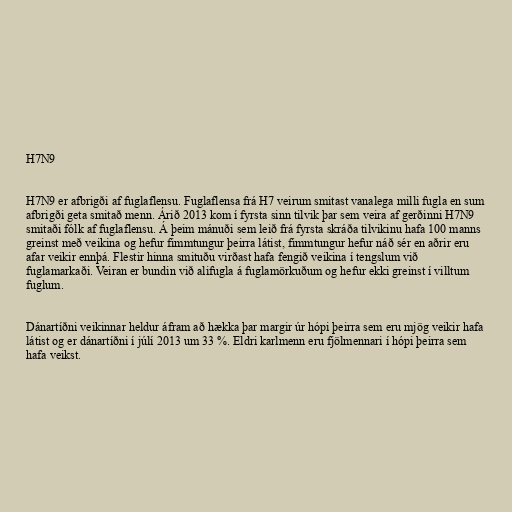
H7N9

H7N9 er afbrigði af fuglaflensu. Fuglaflensa frá H7 veirum smitast vanalega milli fugla en sum
afbrigði geta smitað menn. Árið 2013 kom í fyrsta sinn tilvik þar sem veira af gerðinni H7N9
smitaði fólk af fuglaflensu. Á þeim mánuði sem leið frá fyrsta skráða tilvikinu hafa 100 manns
greinst með veikina og hefur fimmtungur þeirra látist, fimmtungur hefur náð sér en aðrir eru
afar veikir ennþá. Flestir hinna smituðu virðast hafa fengið veikina í tengslum við
fuglamarkaði. Veiran er bundin við alifugla á fuglamörkuðum og hefur ekki greinst í villtum
fuglum.

Dánartíðni veikinnar heldur áfram að hækka þar margir úr hópi þeirra sem eru mjög veikir hafa
látist og er dánartíðni í júlí 2013 um 33 %. Eldri karlmenn eru fjölmennari í hópi þeirra sem
hafa veikst.